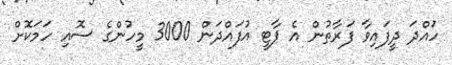
ހުައްދަ ދީފައިވާ ފަރާތުން އެ ޕާާޓީ އުފައްދަން 3000 މީހުންގެ ސޮއި ހަމަކޮށް